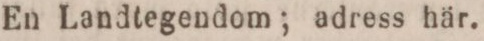
En Landtegendom; adress här.